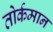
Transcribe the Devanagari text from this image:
तोर्कमान